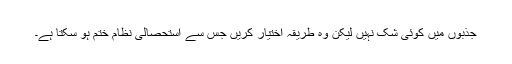
جذبوں میں کوئی شک نہیں لیکن وہ طریقہ اختیار کریں جس سے استحصالی نظام ختم ہو سکتا ہے۔